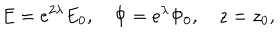
E = e ^ { 2 \lambda } E _ { 0 } , \quad \Phi = e ^ { \lambda } \Phi _ { 0 } , \quad z = z _ { 0 } ,